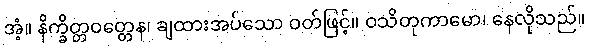
အံ့။ နိက္ခိတ္တဝတ္တေန၊ ချထားအပ်သော ဝတ်ဖြင့်။ ဝသိတုကာမော၊ နေလိုသည်။